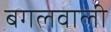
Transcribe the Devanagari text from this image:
बगलवाली